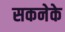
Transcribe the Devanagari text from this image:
सकनेके